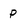
Character: P